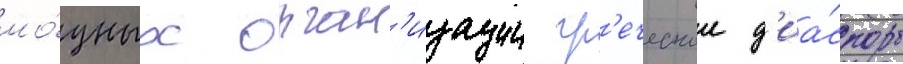
мо́щных орган'изации гр'еческои д'иа́споры